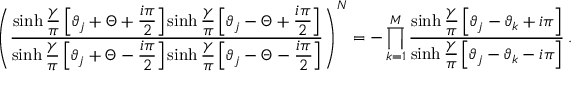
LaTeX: \left( \displaystyle \frac { \sinh \displaystyle \frac { \gamma } { \pi } \left[ \vartheta _ { j } + \Theta + \displaystyle \frac { i \pi } { 2 } \right] \sinh \displaystyle \frac { \gamma } { \pi } \left[ \vartheta _ { j } - \Theta + \displaystyle \frac { i \pi } { 2 } \right] } { \sinh \displaystyle \frac { \gamma } { \pi } \left[ \vartheta _ { j } + \Theta - \displaystyle \frac { i \pi } { 2 } \right] \sinh \displaystyle \frac { \gamma } { \pi } \left[ \vartheta _ { j } - \Theta - \displaystyle \frac { i \pi } { 2 } \right] } \right) ^ { N } = - \prod _ { k = 1 } ^ { M } \displaystyle \frac { \sinh \displaystyle \frac { \gamma } { \pi } \left[ \vartheta _ { j } - \vartheta _ { k } + i \pi \right] } { \sinh \displaystyle \frac { \gamma } { \pi } \left[ \vartheta _ { j } - \vartheta _ { k } - i \pi \right] } \: .